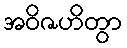
အဝိဇဟိတွာ